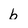
Character: b